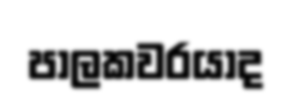
පාලකවරයාද